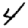
Digit: 4